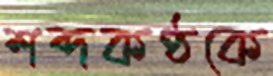
শব্দকণ্ঠকে